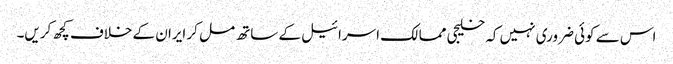
اس سے کوئی ضروری نہیں کہ خلیجی ممالک اسرائیل کے ساتھ مل کر ایران کے خلاف کچھ کریں۔